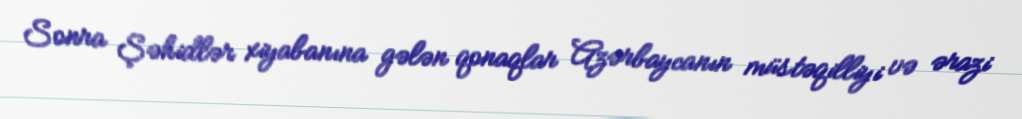
Sonra Şəhidlər xiyabanına gələn qonaqlar Azərbaycanın müstəqilliyi və ərazi